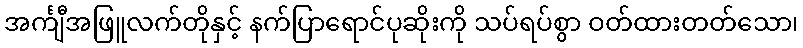
အင်္ကျီအဖြူလက်တိုနှင့် နက်ပြာရောင်ပုဆိုးကို သပ်ရပ်စွာ ဝတ်ထားတတ်သော၊